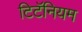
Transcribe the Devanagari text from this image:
टिटॅनियम